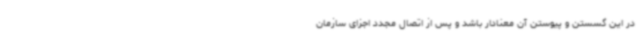
در این گسستن و پیوستن آن معنادار باشد و پس از اتصال مجدد اجزای سازمان